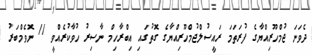
ދެވަނަ ޖުމްހޫރިއްޔާގެ ފުރަތަމަ ރައީސުލްޖުމްހޫރިއްޔާގެ ގޮތުގައި އިބްރާހިމް ނާސިރު ހުވާކުރެއްވީ 11 ނޮވެމްބަރު